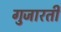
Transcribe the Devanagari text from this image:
गुजारती